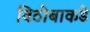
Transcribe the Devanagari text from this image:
विठोबाकडे